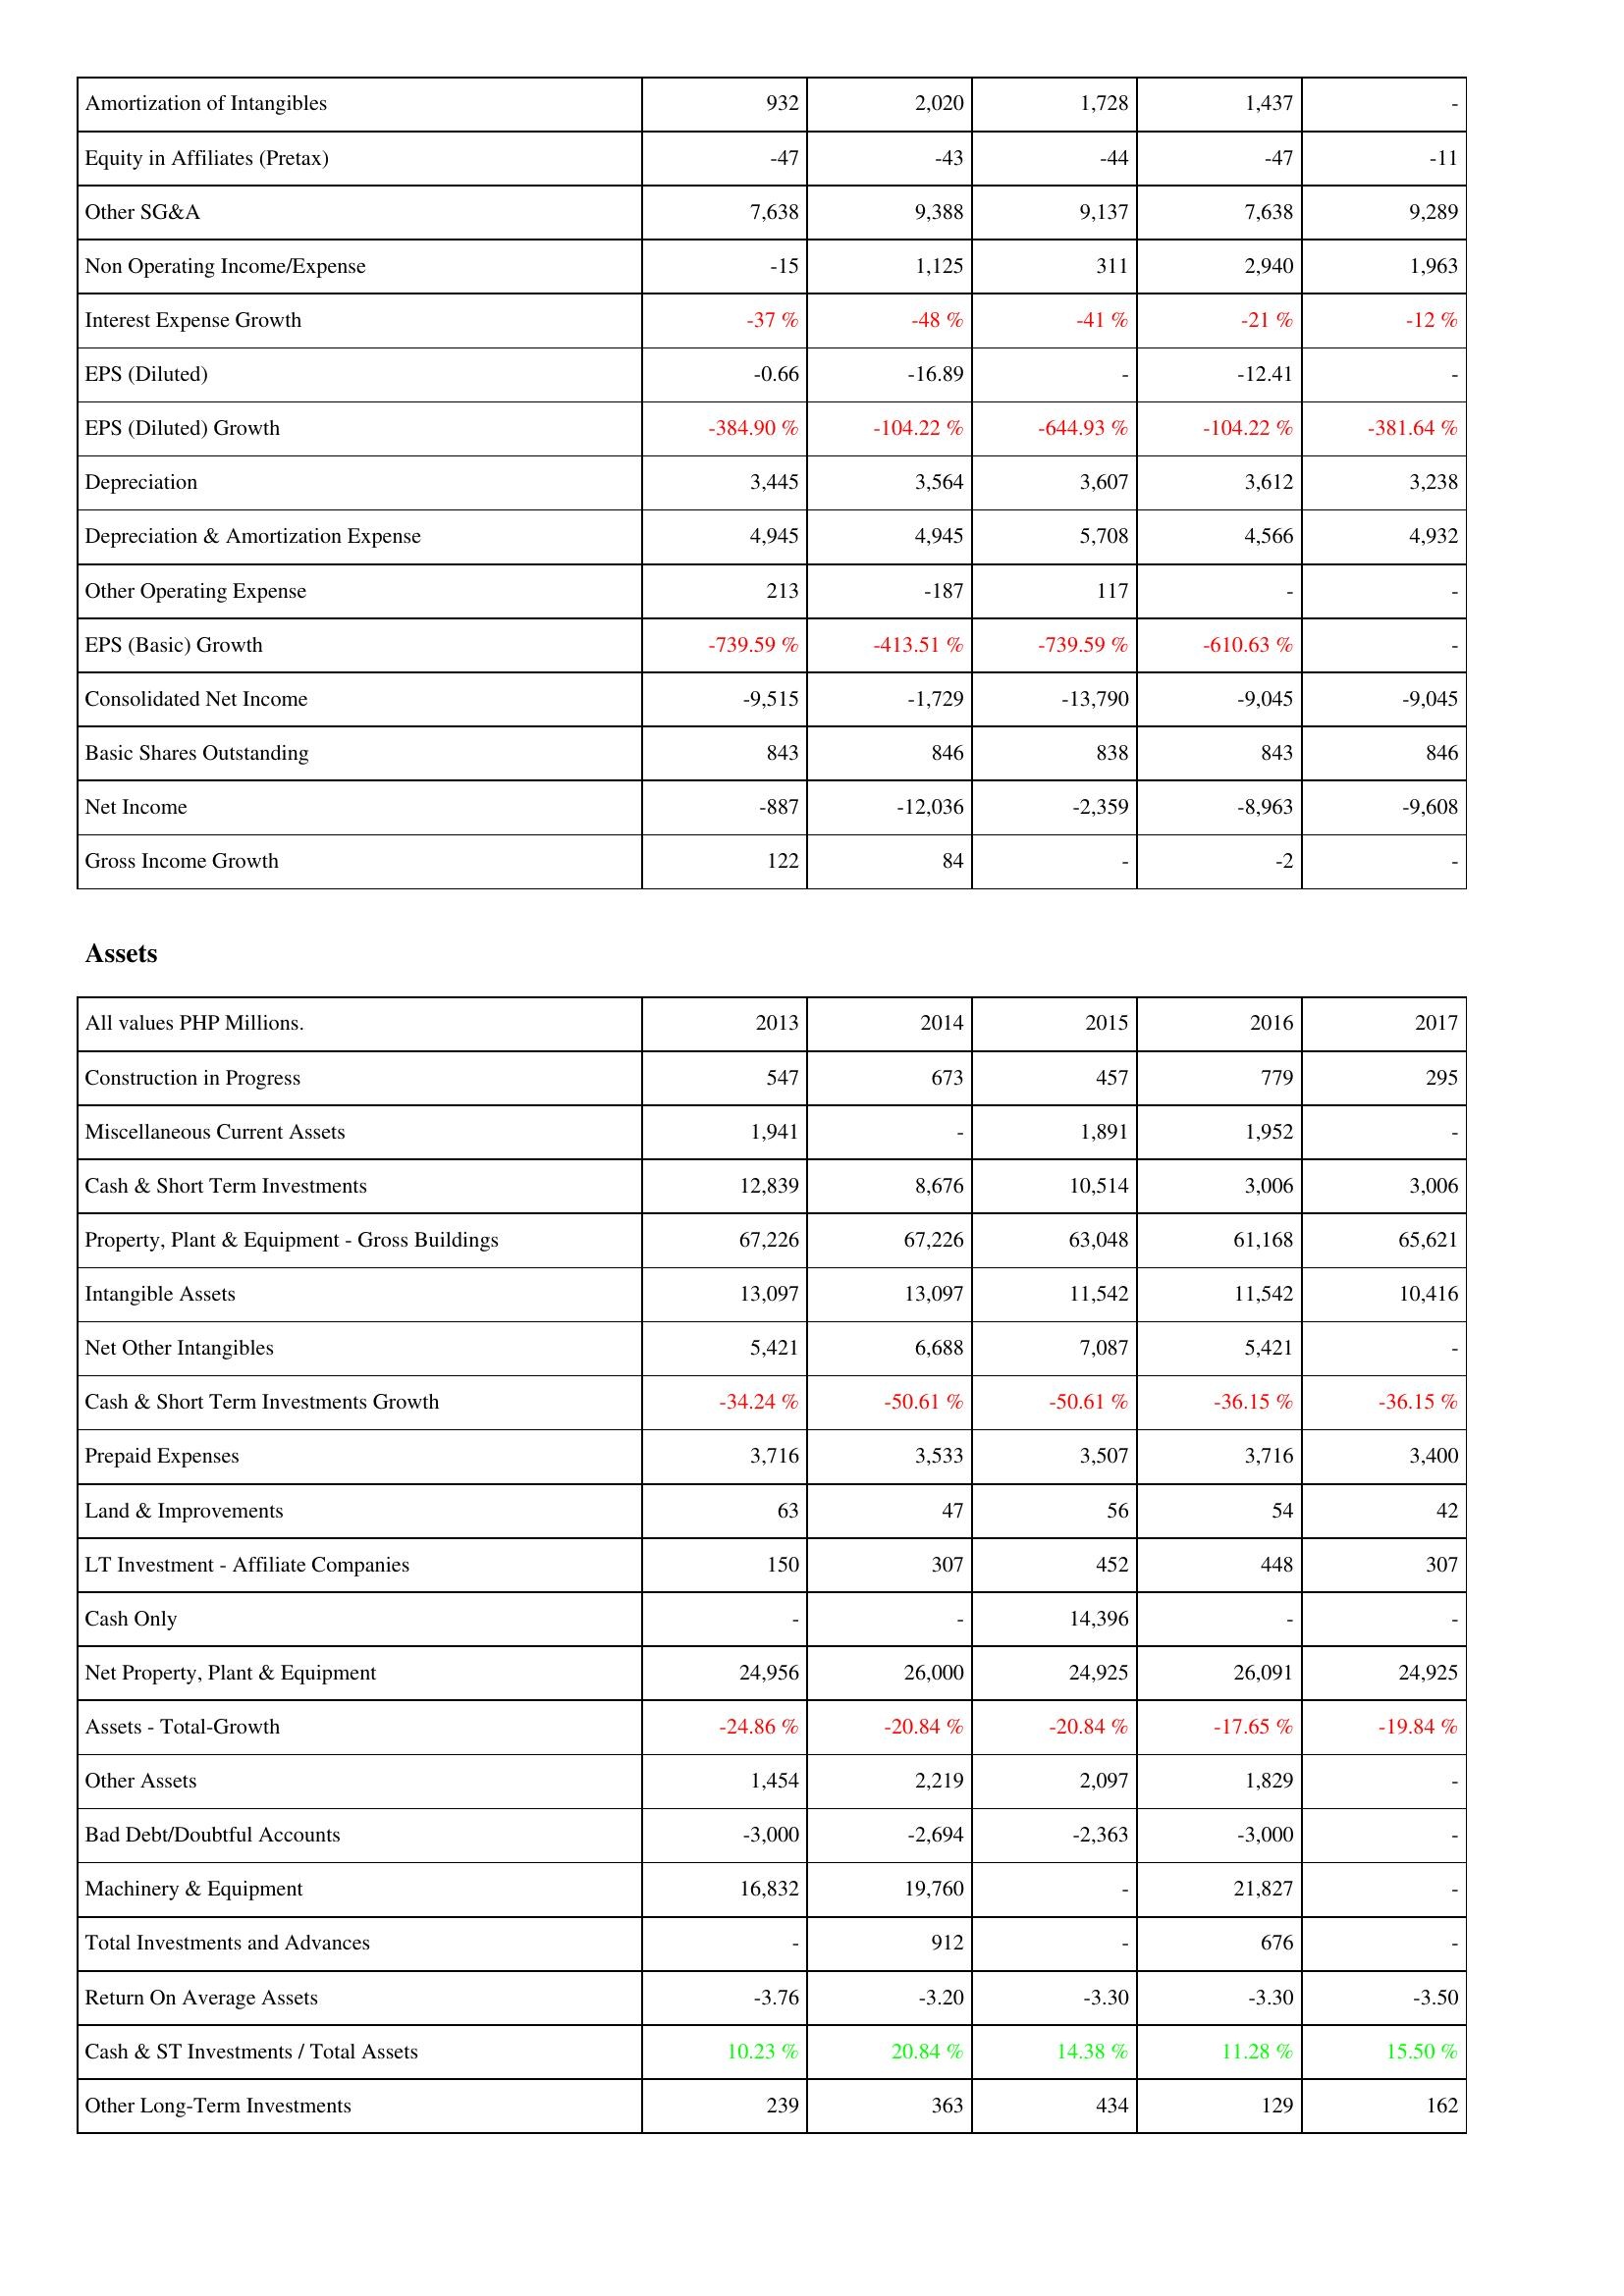
2013: Income Statement: Amortization of Intangibles: 932
Equity in Affiliates (Pretax): -47
Other SG&A: 7,638
Non Operating Income/Expense: -15
Interest Expense Growth: -37 %
EPS (Diluted): -0.66
EPS (Diluted) Growth: -384.90 %
Depreciation: 3,445
Depreciation & Amortization Expense: 4,945
Other Operating Expense: 213
EPS (Basic) Growth: -739.59 %
Consolidated Net Income: -9,515
Basic Shares Outstanding: 843
Net Income: -887
Gross Income Growth: 122
Assets: Construction in Progress: 547
Miscellaneous Current Assets: 1,941
Cash & Short Term Investments: 12,839
Property, Plant & Equipment - Gross Buildings: 67,226
Intangible Assets: 13,097
Net Other Intangibles: 5,421
Cash & Short Term Investments Growth: -34.24 %
Prepaid Expenses: 3,716
Land & Improvements: 63
LT Investment - Affiliate Companies: 150
Cash Only: -
Net Property, Plant & Equipment: 24,956
Assets - Total-Growth: -24.86 %
Other Assets: 1,454
Bad Debt/Doubtful Accounts: -3,000
Machinery & Equipment: 16,832
Total Investments and Advances: -
Return On Average Assets: -3.76
Cash & ST Investments / Total Assets: 10.23 %
Other Long-Term Investments: 239
2014: Income Statement: Amortization of Intangibles: 2,020
Equity in Affiliates (Pretax): -43
Other SG&A: 9,388
Non Operating Income/Expense: 1,125
Interest Expense Growth: -48 %
EPS (Diluted): -16.89
EPS (Diluted) Growth: -104.22 %
Depreciation: 3,564
Depreciation & Amortization Expense: 4,945
Other Operating Expense: -187
EPS (Basic) Growth: -413.51 %
Consolidated Net Income: -1,729
Basic Shares Outstanding: 846
Net Income: -12,036
Gross Income Growth: 84
Assets: Construction in Progress: 673
Miscellaneous Current Assets: -
Cash & Short Term Investments: 8,676
Property, Plant & Equipment - Gross Buildings: 67,226
Intangible Assets: 13,097
Net Other Intangibles: 6,688
Cash & Short Term Investments Growth: -50.61 %
Prepaid Expenses: 3,533
Land & Improvements: 47
LT Investment - Affiliate Companies: 307
Cash Only: -
Net Property, Plant & Equipment: 26,000
Assets - Total-Growth: -20.84 %
Other Assets: 2,219
Bad Debt/Doubtful Accounts: -2,694
Machinery & Equipment: 19,760
Total Investments and Advances: 912
Return On Average Assets: -3.20
Cash & ST Investments / Total Assets: 20.84 %
Other Long-Term Investments: 363
2015: Income Statement: Amortization of Intangibles: 1,728
Equity in Affiliates (Pretax): -44
Other SG&A: 9,137
Non Operating Income/Expense: 311
Interest Expense Growth: -41 %
EPS (Diluted): -
EPS (Diluted) Growth: -644.93 %
Depreciation: 3,607
Depreciation & Amortization Expense: 5,708
Other Operating Expense: 117
EPS (Basic) Growth: -739.59 %
Consolidated Net Income: -13,790
Basic Shares Outstanding: 838
Net Income: -2,359
Gross Income Growth: -
Assets: Construction in Progress: 457
Miscellaneous Current Assets: 1,891
Cash & Short Term Investments: 10,514
Property, Plant & Equipment - Gross Buildings: 63,048
Intangible Assets: 11,542
Net Other Intangibles: 7,087
Cash & Short Term Investments Growth: -50.61 %
Prepaid Expenses: 3,507
Land & Improvements: 56
LT Investment - Affiliate Companies: 452
Cash Only: 14,396
Net Property, Plant & Equipment: 24,925
Assets - Total-Growth: -20.84 %
Other Assets: 2,097
Bad Debt/Doubtful Accounts: -2,363
Machinery & Equipment: -
Total Investments and Advances: -
Return On Average Assets: -3.30
Cash & ST Investments / Total Assets: 14.38 %
Other Long-Term Investments: 434
2016: Income Statement: Amortization of Intangibles: 1,437
Equity in Affiliates (Pretax): -47
Other SG&A: 7,638
Non Operating Income/Expense: 2,940
Interest Expense Growth: -21 %
EPS (Diluted): -12.41
EPS (Diluted) Growth: -104.22 %
Depreciation: 3,612
Depreciation & Amortization Expense: 4,566
Other Operating Expense: -
EPS (Basic) Growth: -610.63 %
Consolidated Net Income: -9,045
Basic Shares Outstanding: 843
Net Income: -8,963
Gross Income Growth: -2
Assets: Construction in Progress: 779
Miscellaneous Current Assets: 1,952
Cash & Short Term Investments: 3,006
Property, Plant & Equipment - Gross Buildings: 61,168
Intangible Assets: 11,542
Net Other Intangibles: 5,421
Cash & Short Term Investments Growth: -36.15 %
Prepaid Expenses: 3,716
Land & Improvements: 54
LT Investment - Affiliate Companies: 448
Cash Only: -
Net Property, Plant & Equipment: 26,091
Assets - Total-Growth: -17.65 %
Other Assets: 1,829
Bad Debt/Doubtful Accounts: -3,000
Machinery & Equipment: 21,827
Total Investments and Advances: 676
Return On Average Assets: -3.30
Cash & ST Investments / Total Assets: 11.28 %
Other Long-Term Investments: 129
2017: Income Statement: Amortization of Intangibles: -
Equity in Affiliates (Pretax): -11
Other SG&A: 9,289
Non Operating Income/Expense: 1,963
Interest Expense Growth: -12 %
EPS (Diluted): -
EPS (Diluted) Growth: -381.64 %
Depreciation: 3,238
Depreciation & Amortization Expense: 4,932
Other Operating Expense: -
EPS (Basic) Growth: -
Consolidated Net Income: -9,045
Basic Shares Outstanding: 846
Net Income: -9,608
Gross Income Growth: -
Assets: Construction in Progress: 295
Miscellaneous Current Assets: -
Cash & Short Term Investments: 3,006
Property, Plant & Equipment - Gross Buildings: 65,621
Intangible Assets: 10,416
Net Other Intangibles: -
Cash & Short Term Investments Growth: -36.15 %
Prepaid Expenses: 3,400
Land & Improvements: 42
LT Investment - Affiliate Companies: 307
Cash Only: -
Net Property, Plant & Equipment: 24,925
Assets - Total-Growth: -19.84 %
Other Assets: -
Bad Debt/Doubtful Accounts: -
Machinery & Equipment: -
Total Investments and Advances: -
Return On Average Assets: -3.50
Cash & ST Investments / Total Assets: 15.50 %
Other Long-Term Investments: 162